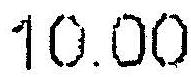
10.00